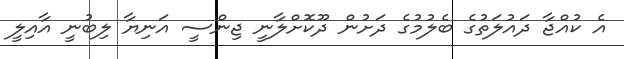
އެ ކުއްޖާ ދައުލަތުގެ ބެލުމުގެ ދަށުން ދޫކޮށްލާނީ ޖިންސީ އަނިޔާ ލިބުނީ އާއިލީ